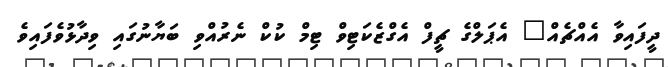
ދީފައިވާ އެއްޗެއް" އެޕަލްގެ ޗީފް އެގްޒެކަޓިވް ޓިމް ކުކް ނެރުއްވި ބަޔާނުގައި ވިދާޅުވެފައިވެ